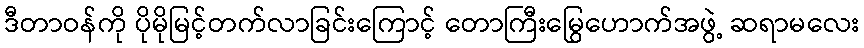
ဒီတာဝန်ကို ပိုမိုမြင့်တက်လာခြင်းကြောင့် တောကြီးမြွေဟောက်အဖွဲ့ ဆရာမလေး